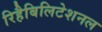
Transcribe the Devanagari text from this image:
रिहैबिलिटेशनल